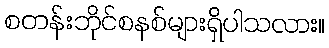
စတန်းဘိုင်စနစ်များရှိပါသလား။